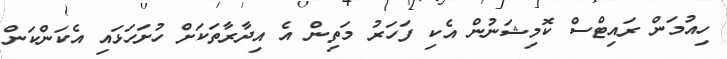
ހިއުމަން ރައިޓްސް ކޮމިޝަނުން އެކި ފަހަރު މަތިން އެ އިދާރާތަކަށް ހުށަހަޅައި އެކަންކަން